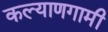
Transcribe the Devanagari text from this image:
कल्याणगामी